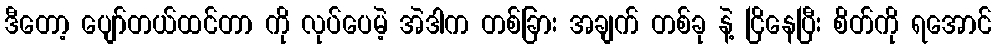
ဒီတော့ ပျော်တယ်ထင်တာ ကို လုပ်ပေမဲ့ အဲဒါက တစ်ခြား အချက် တစ်ခု နဲ့ ငြိနေပြီး စိတ်ကို ရအောင်